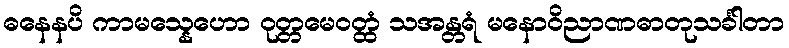
ဓနေနပိ ကာမသ္နေဟော ဝုတ္တမေဝတ္ထံ သအန္တရံ မနောဝိညာဏဓာတုသင်္ခါတာ